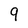
Character: 9